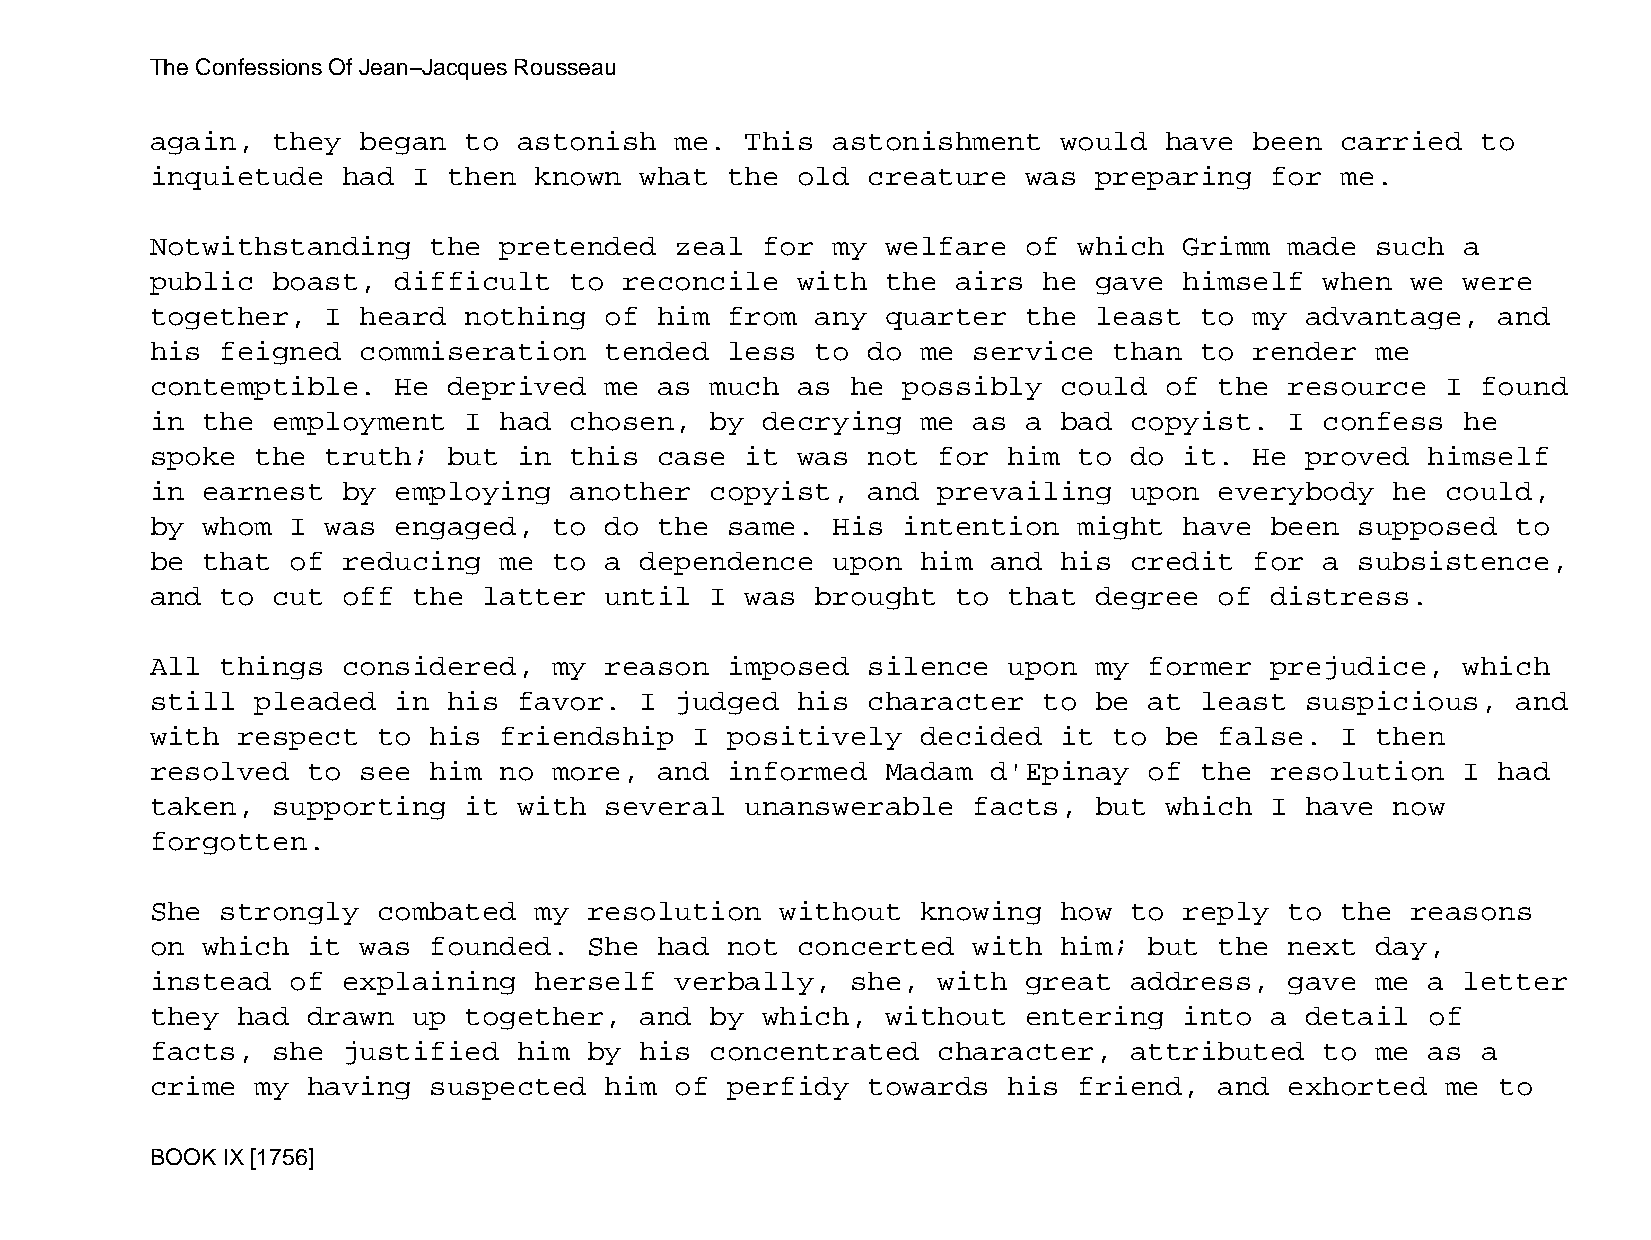
The Confessions Of Jean−Jacques Rousseau
 again,  they  began  to astonish   me. This  astonishment   would  have  been  carried  to
 inquietude   had I  then known  what  the  old creature   was preparing   for  me.
 Notwithstanding   the  pretended   zeal for  my  welfare  of which  Grimm  made  such  a
 public  boast,  difficult   to reconcile   with  the airs  he gave  himself   when we  were
 together,   I heard  nothing  of  him from  any  quarter  the least  to  my advantage,   and
 his  feigned  commiseration   tended  less  to do  me service   than to  render  me
 contemptible.   He  deprived  me  as much  as he  possibly  could  of  the resource   I found
 in the  employment   I had  chosen,  by decrying   me as  a bad  copyist.  I  confess  he
 spoke  the  truth;  but in  this  case it  was not  for  him to  do it.  He proved   himself
 in earnest   by employing   another  copyist,  and  prevailing   upon  everybody  he  could,
 by whom  I  was engaged,   to do  the same.  His  intention  might  have  been  supposed  to
 be that  of  reducing  me  to a dependence   upon  him  and his  credit  for  a subsistence,
 and  to cut  off the  latter  until  I was  brought  to  that degree   of distress.
 All  things  considered,   my reason  imposed  silence   upon my  former  prejudice,   which
 still  pleaded  in  his favor.  I  judged  his character   to be  at least  suspicious,   and
 with  respect  to his  friendship   I positively   decided  it  to be  false.  I then
 resolved  to  see him  no  more,  and informed   Madam  d'Epinay  of the  resolution   I had
 taken,  supporting   it with  several  unanswerable   facts,  but  which  I have  now
 forgotten.
 She  strongly  combated  my  resolution   without  knowing  how  to reply  to  the reasons
 on which  it  was founded.   She  had not  concerted  with  him;  but  the next  day,
 instead  of  explaining  herself   verbally,  she,  with  great  address,  gave  me  a letter
 they  had drawn  up  together,  and  by which,   without  entering  into  a detail   of
 facts,  she  justified  him  by his  concentrated   character,   attributed   to me  as a
 crime  my having  suspected   him  of perfidy  towards   his friend,   and exhorted   me to
 BOOK IX [1756]